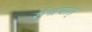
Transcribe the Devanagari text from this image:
संश्रयात्